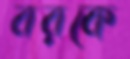
বরকে